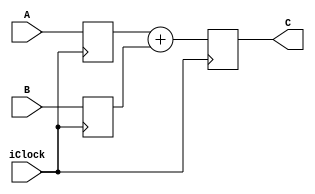
module Adder16Test(input iClock, 
                   input signed [15:0] A,
                   input signed [15:0] B, 
                   output signed [15:0]C);

reg signed [15:0] a, b, c;

assign C = c;

always @(posedge iClock) begin
    a <= A;
    b <= B;
    c <= a + b;
end
endmodule